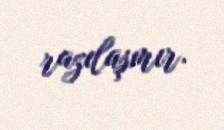
razılaşmır.